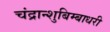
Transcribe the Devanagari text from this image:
चंद्रान्शुबिम्बाधरी